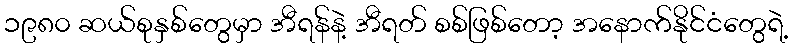
၁၉၈၀ ဆယ်စုနှစ်တွေမှာ အီရန်နဲ့ အီရတ် စစ်ဖြစ်တော့ အနောက်နိုင်ငံတွေရဲ့